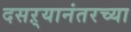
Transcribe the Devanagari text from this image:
दसऱ्यानंतरच्या